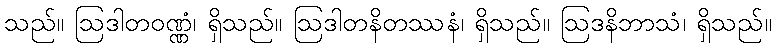
သည်။ ဩဒါတဝဏ္ဏံ၊ ရှိသည်။ ဩဒါတနိတဿနံ၊ ရှိသည်။ ဩဒနိဘာသံ၊ ရှိသည်။